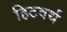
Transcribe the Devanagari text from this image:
हिटवर्थ